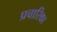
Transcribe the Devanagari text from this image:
प्रचारिका